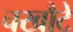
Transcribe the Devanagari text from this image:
चखौटे